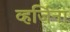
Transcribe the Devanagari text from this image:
व्हर्जिना